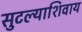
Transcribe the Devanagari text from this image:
सुटल्याशिवाय